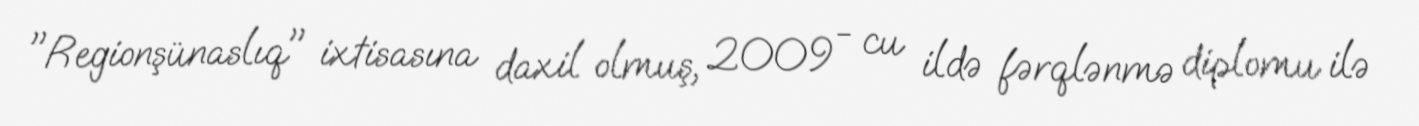
"Regionşünaslıq" ixtisasına daxil olmuş, 2009 - cu ildə fərqlənmə diplomu ilə